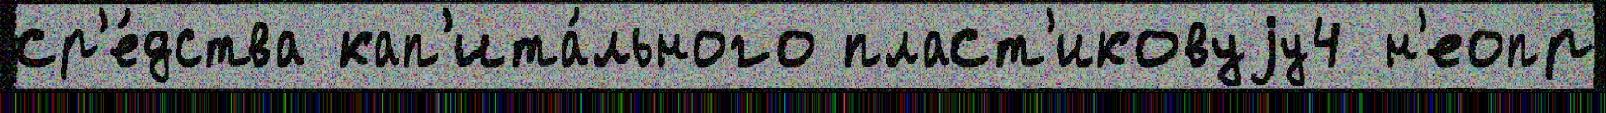
ср'е́дства кап'ита́льного пласт'иковуjу4 н'еопр